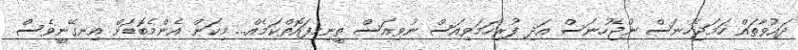
ދައުވާތައް ހަމަޖެހުނަސް ނުޖެހުނަސް އަދި ފުރިހަމަވިއަސް ނުވިއަސް ތީނިމިފައޮތްކަމެއް... މިކަން އެންމެބޮޑަށް އިނގޭނީވެސް